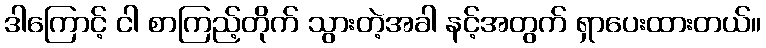
ဒါကြောင့် ငါ စာကြည့်တိုက် သွားတဲ့အခါ နင့်အတွက် ရှာပေးထားတယ်။